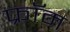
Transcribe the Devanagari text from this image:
फ्राॅम